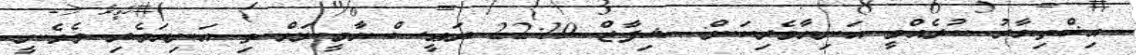
އިޚްތިޔާރު ކުރެއްވީ އަނިޔާވެރިކަން: ޝިފާޒް 22:19 ރަޢީސް ޔާމީނަށް ތި އަނިޔަވެރި ވެވެނީ